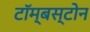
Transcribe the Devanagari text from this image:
टॉम्बस्टोन